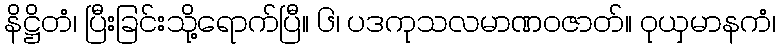
နိဋ္ဌိတံ၊ ပြီးခြင်းသို့ရောက်ပြီ။ ၆၊ ပဒကုသလမာဏဝဇာတ်။ ဝုယှမာနကံ၊